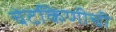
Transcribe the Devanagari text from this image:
चेटकिणीची